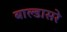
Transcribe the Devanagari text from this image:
बाल्डासरे